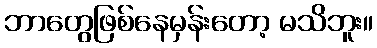
ဘာတွေဖြစ်နေမှန်းတော့ မသိဘူး။